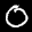
Label: 0